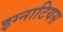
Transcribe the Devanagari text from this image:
इग्नाटियस